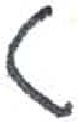
אות: ט